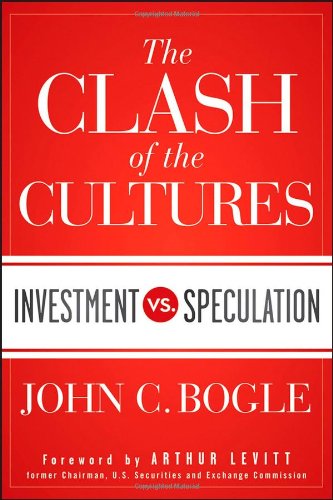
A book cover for The Clash of the Cultures: Investment vs. Speculation; John C. Bogle; Business & Money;